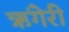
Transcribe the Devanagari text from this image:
ऋंगेरी